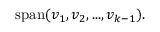
\mathrm { s p a n ( } v _ { 1 } , v _ { 2 } , . . . , v _ { k - 1 } ) .